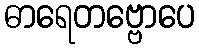
ဓာရေတဗ္ဗောပေ